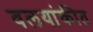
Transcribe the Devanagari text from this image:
वलयांकीत